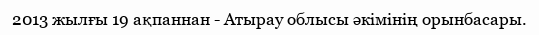
2013 жылғы 19 ақпаннан - Атырау облысы әкімінің орынбасары.